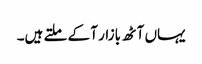
یہاں آٹھ بازار آ کے ملتے ہیں۔